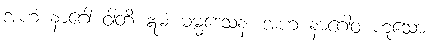
အဟံ နာဂေါ ဝါတိ ဣမံ ဓမ္မဒေသနံ၊ အဟံ နာဂေါဝ ဟူသော